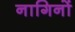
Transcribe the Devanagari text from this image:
नागिनों